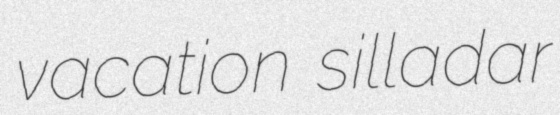
vacation silladar